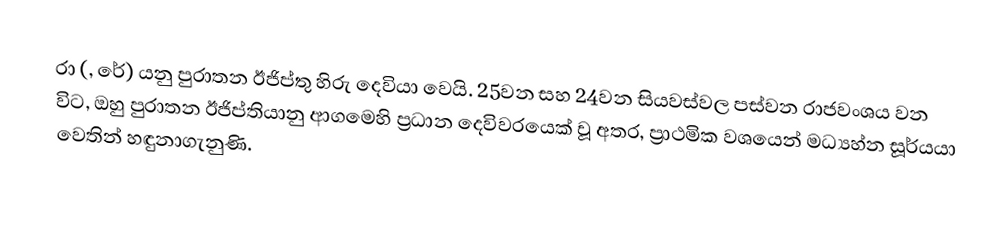
රා (, රේ) යනු පුරාතන ඊජිප්තු හිරු දෙවියා වෙයි.  25වන සහ 24වන සියවස්වල පස්වන රාජවංශය වන විට, ඔහු  පුරාතන ඊජිප්තියානු ආගමෙහි ප්‍රධාන දෙවිවරයෙක් වූ අතර, ප්‍රාථමික වශයෙන් මධ්‍යහ්න සූර්යයා වෙතින් හඳුනාගැනුණි.